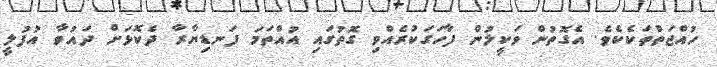
ހުއްޖަތްތަކެކެވެ. އެގޮތުން ވަކީލުން ފާހަގަކުރެއްވި ގޮތުގައި އުއްތަމަ ފަނޑިޔާރާ ދެކޮޅަށް ދައުވާ އުފުލީ